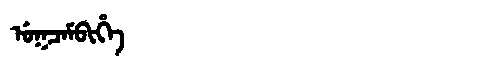
Manchu: ᡠᡴᠴᠠᠮᠪᡳᡥᡝ
Romanization: UKCAMBIHE